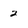
Character: 2